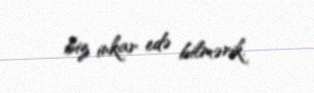
biz inkar edə bilmərik.